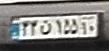
۳۳ن۱۵۵۱۰